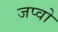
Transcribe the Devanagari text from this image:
जप्वो